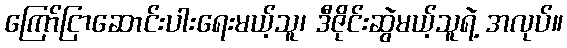
ကြော်ငြာဆောင်းပါးရေးမယ့်သူ၊ ဒီဇိုင်းဆွဲမယ့်သူရဲ့ အလုပ်။